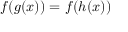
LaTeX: f ( g ( x ) ) = f ( h ( x ) )